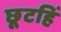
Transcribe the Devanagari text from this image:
छूटहिं